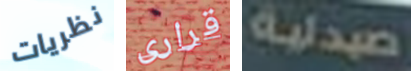
نظريات قرارى صيدلية